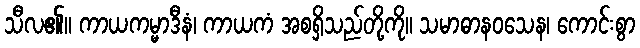
သီလ၏။ ကာယကမ္မာဒီနံ၊ ကာယကံ အစရှိသည်တို့ကို။ သမာဓာနဝသေန၊ ကောင်းစွာ